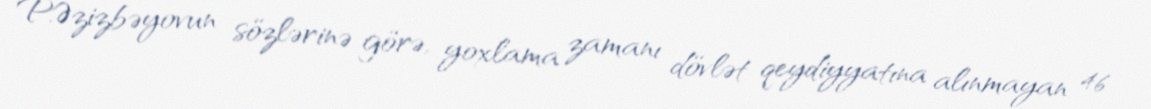
P.Əzizbəyovun sözlərinə görə, yoxlama zamanı dövlət qeydiyyatına alınmayan 46